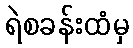
ရဲစခန်းထံမှ